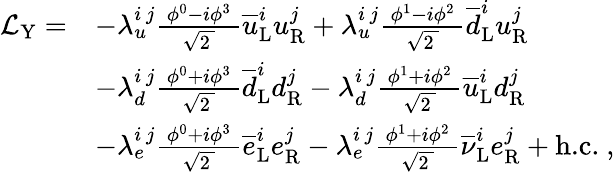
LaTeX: {\begin{array}{rl}{{\mathcal{L}}_{\mathrm{Y}}=}&{-\lambda_{u}^{i\, j}{\frac{\ \phi^{0}-i\phi^{3}\ }{\sqrt{2\ }}}{\overline{{u}}}_{\mathrm{L}}^{i}u_{\mathrm{R}}^{j}+\lambda_{u}^{i\, j}{\frac{\ \phi^{1}-i\phi^{2}\ }{\sqrt{2\ }}}{\overline{{d}}}_{\mathrm{L}}^{i}u_{\mathrm{R}}^{j}}\\ &{-\lambda_{d}^{i\, j}{\frac{\ \phi^{0}+i\phi^{3}\ }{\sqrt{2\ }}}{\overline{{d}}}_{\mathrm{L}}^{i}d_{\mathrm{R}}^{j}-\lambda_{d}^{i\, j}{\frac{\ \phi^{1}+i\phi^{2}\ }{\sqrt{2\ }}}{\overline{{u}}}_{\mathrm{L}}^{i}d_{\mathrm{R}}^{j}}\\ &{-\lambda_{e}^{i\, j}{\frac{\ \phi^{0}+i\phi^{3}\ }{\sqrt{2\ }}}{\overline{{e}}}_{\mathrm{L}}^{i}e_{\mathrm{R}}^{j}-\lambda_{e}^{i\, j}{\frac{\ \phi^{1}+i\phi^{2}\ }{\sqrt{2\ }}}{\overline{{\nu}}}_{\mathrm{L}}^{i}e_{\mathrm{R}}^{j}+{\textrm{h.c.}}\ ,}\end{array}}